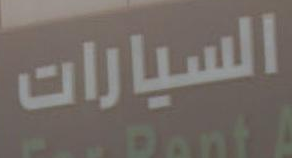
السيارات